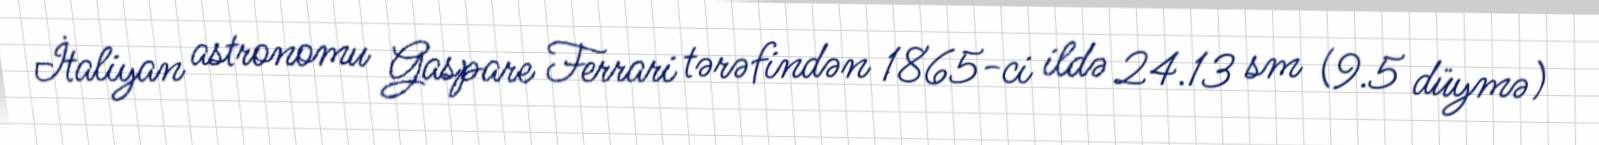
İtaliyan astronomu Gaspare Ferrari tərəfindən 1865-ci ildə 24.13 sm (9.5 düymə)